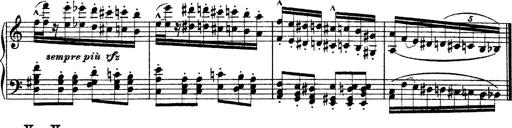
Title: Ã‰tudes d'exÃ©cution transcendante d'aprÃ¨s Paganini
Composer: Franz Liszt